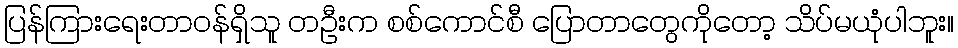
ပြန်ကြားရေးတာဝန်ရှိသူ တဦးက စစ်ကောင်စီ ပြောတာတွေကိုတော့ သိပ်မယုံပါဘူး။